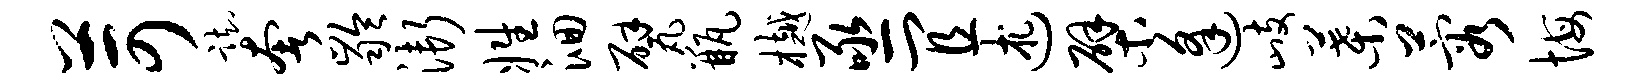
苛踟奢龄渐姓洄甓瓶樾亟宜述檗逢歧叶蓉悔